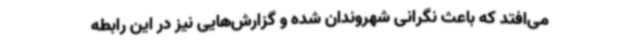
می‌افتد که باعث نگرانی شهروندان شده و گزارش‌هایی نیز در این رابطه